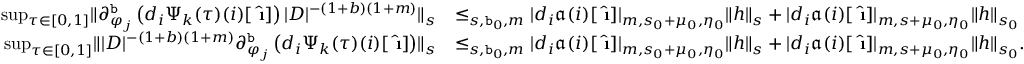
\begin{array} { r l } { \operatorname* { s u p } _ { \tau \in [ 0 , 1 ] } \rVert \partial _ { \varphi _ { j } } ^ { \mathtt { b } } \left( d _ { i } \Psi _ { k } ( \tau ) ( i ) [ \hat { \textbf { \i } } ] \right) | D | ^ { - ( 1 + b ) ( 1 + m ) } \rVert _ { s } } & { \le _ { s , \mathtt { b } _ { 0 } , m } | d _ { i } \mathfrak { a } ( i ) [ \hat { \textbf { \i } } ] | _ { m , s _ { 0 } + \mu _ { 0 } , \eta _ { 0 } } \rVert h \rVert _ { s } + | d _ { i } \mathfrak { a } ( i ) [ \hat { \textbf { \i } } ] | _ { m , s + \mu _ { 0 } , \eta _ { 0 } } \rVert h \rVert _ { s _ { 0 } } } \\ { \operatorname* { s u p } _ { \tau \in [ 0 , 1 ] } \rVert | D | ^ { - ( 1 + b ) ( 1 + m ) } \partial _ { \varphi _ { j } } ^ { \mathtt { b } } \left( d _ { i } \Psi _ { k } ( \tau ) ( i ) [ \hat { \textbf { \i } } ] \right) \rVert _ { s } } & { \le _ { s , \mathtt { b } _ { 0 } , m } | d _ { i } \mathfrak { a } ( i ) [ \hat { \textbf { \i } } ] | _ { m , s _ { 0 } + \mu _ { 0 } , \eta _ { 0 } } \rVert h \rVert _ { s } + | d _ { i } \mathfrak { a } ( i ) [ \hat { \textbf { \i } } ] | _ { m , s + \mu _ { 0 } , \eta _ { 0 } } \rVert h \rVert _ { s _ { 0 } } . } \end{array}